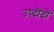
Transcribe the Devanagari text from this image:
उप्दौदों